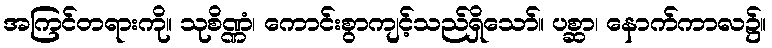
အကြင်တရားကို။ သုစိဏ္ဏံ၊ ကောင်းစွာကျင့်သည်ရှိသော်။ ပစ္ဆာ၊ နောက်ကာလ၌။